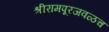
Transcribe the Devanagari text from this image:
श्रीरामपूरजवळच